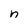
Character: n